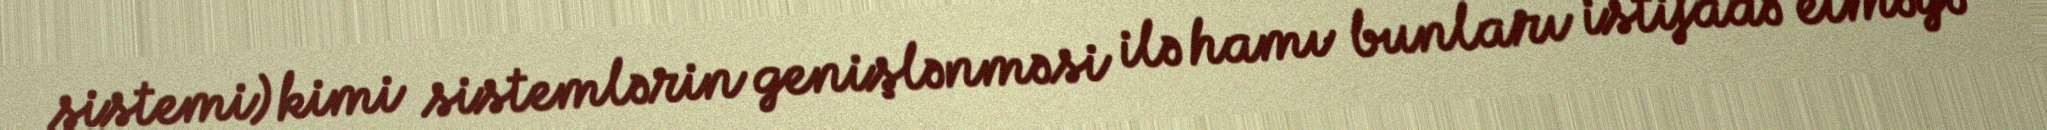
sistemi) kimi sistemlərin genişlənməsi ilə hamı bunları istifadə etməyə